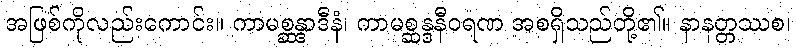
အဖြစ်ကိုလည်းကောင်း။ ကာမစ္ဆန္ဒာဒီနံ၊ ကာမစ္ဆန္ဒနီဝရဏ အစရှိသည်တို့၏။ နာနတ္တဿစ၊